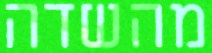
מהשדה